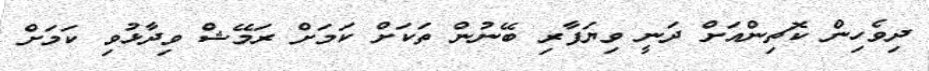
ދިވެހިން ކޮޗިންއަށް ދަނީ ވިޔަފާރި ބޭނުން ތަކަށް ކަމަށް ރަމޭޝް ވިދާޅުވި ކަމަށް